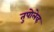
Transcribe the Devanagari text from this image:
तुपोलेव्ह